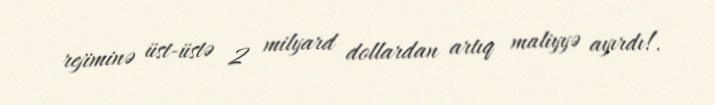
rejiminə üst-üstə 2 milyard dollardan artıq maliyyə ayırdı!.